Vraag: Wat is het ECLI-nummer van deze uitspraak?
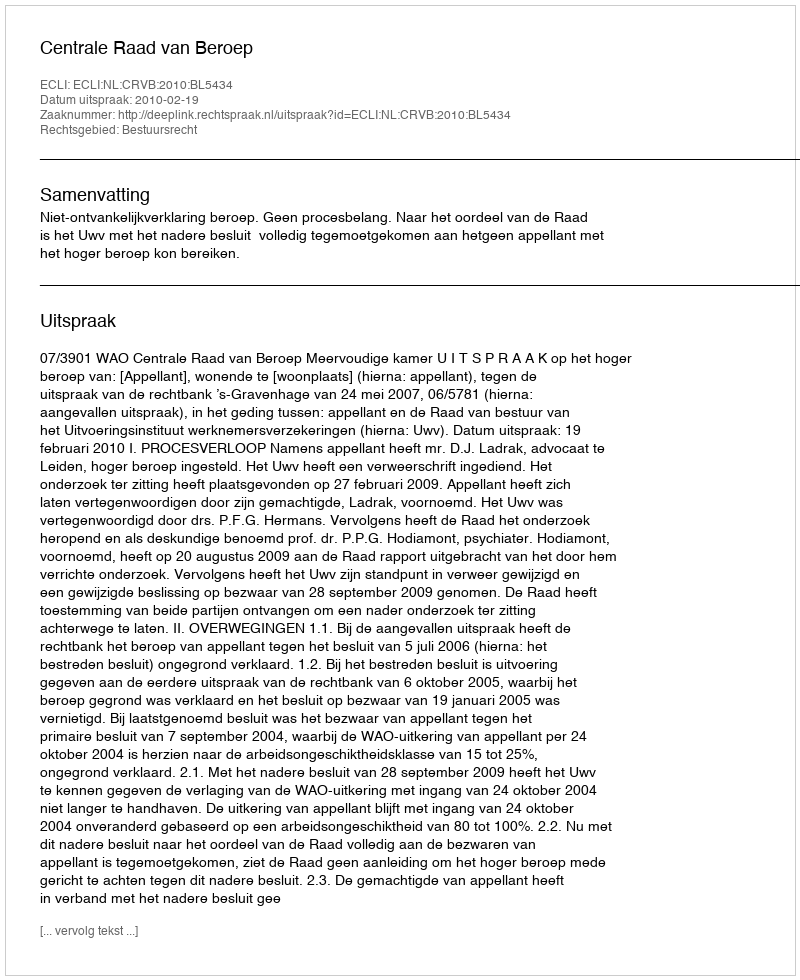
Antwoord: ECLI:NL:CRVB:2010:BL5434